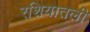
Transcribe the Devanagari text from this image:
रशियातली